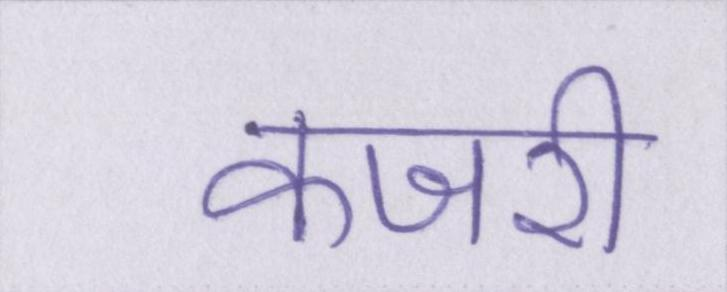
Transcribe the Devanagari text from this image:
कजरी